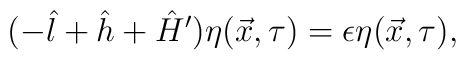
(-\hat{l} + \hat{h} + \hat{H}' ) \eta (\vec{x},\tau) = \epsilon \eta (\vec{x},\tau),